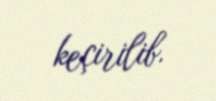
keçirilib.